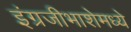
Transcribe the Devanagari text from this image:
इंग्रजीभाशेमध्ये